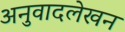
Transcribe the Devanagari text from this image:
अनुवादलेखन